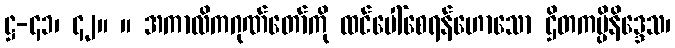
ဋ္ဌ-၄၁၊ ၄၂။ ။ အကာလိကဂုဏ်တော်ကို ထင်ပေါ်စေရန်ဟောသော ဌိတကပ္ပိနိဒ္ဒေသ၊